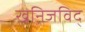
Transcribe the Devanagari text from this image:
खनिजविद्